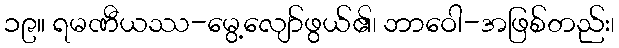
၁၉။ ရမဏီယဿ-မွေ့လျော်ဖွယ်၏၊ ဘာဝေါ-အဖြစ်တည်း၊